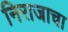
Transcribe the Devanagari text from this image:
निराजाचा